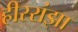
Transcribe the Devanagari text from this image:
हीररांझा